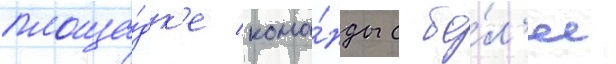
площа́дк'е кома́нды с бо́л'ее